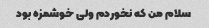
سلام من که نخوردم ولی خوشمزه بود